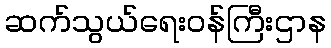
ဆက်သွယ်ရေးဝန်ကြီးဌာန